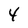
Character: 4